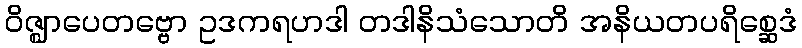
ဝိဇ္ဈာပေတဗ္ဗော ဥဒကရဟဒါ တဒါနိသံသောတိ အနိယတပရိစ္ဆေဒံ